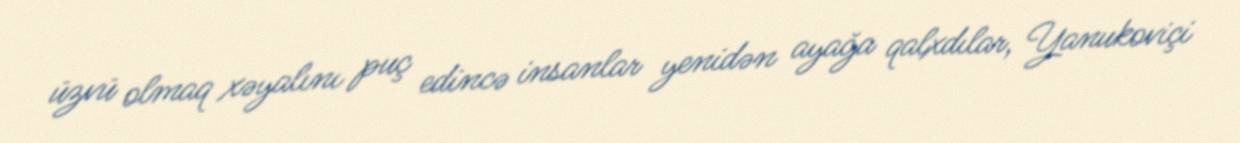
üzvü olmaq xəyalını puç edincə insanlar yenidən ayağa qalxdılar, Yanukoviçi